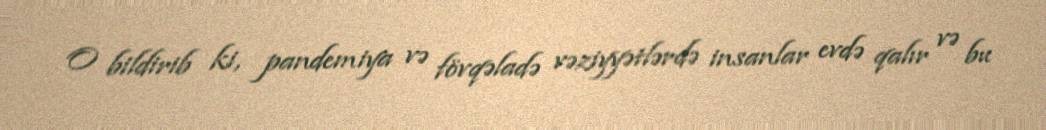
O bildirib ki, pandemiya və fövqəladə vəziyyətlərdə insanlar evdə qalır və bu